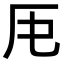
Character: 𠨰